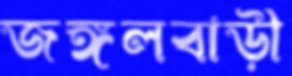
জঙ্গলবাড়ী